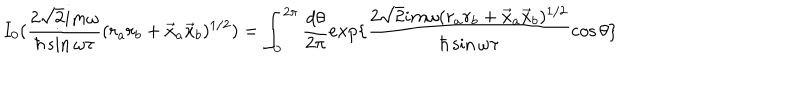
I _ { 0 } ( \frac { 2 \sqrt { 2 } i m \omega } { \hbar \sin \omega \tau } ( r _ { a } r _ { b } + \vec { x } _ { a } \vec { x } _ { b } ) ^ { 1 / 2 } ) = \int _ { 0 } ^ { 2 \pi } \frac { d \theta } { 2 \pi } e x p \{ \frac { 2 \sqrt { 2 } i m \omega ( r _ { a } r _ { b } + \vec { x } _ { a } \vec { x } _ { b } ) ^ { 1 / 2 } } { \hbar \sin \omega \tau } \cos \theta \}